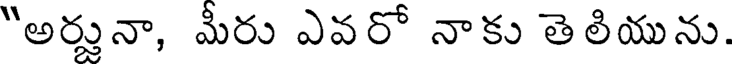
"అర్జునా, మీరు ఎవరో నాకు తెలియును.